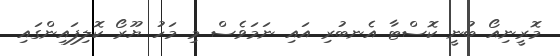
މޮރީނިއޯ ބުނީ ކޮސްޓާ އެނބުރި އައި ނަމަވެސް މި މަހު ޔޫރޯ ކޮލިފައިންގައި